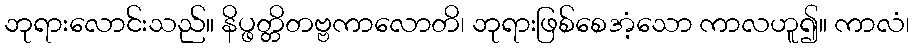
ဘုရားလောင်းသည်။ နိပ္ဖတ္တိတဗ္ဗကာလောတိ၊ ဘုရားဖြစ်စေအံ့သော ကာလဟူ၍။ ကာလံ၊